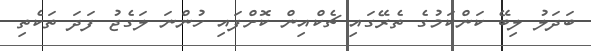
ބަދަލު ލިބޭ ކަންކަމުގެ ތެރޭގައި ޗެކްއިން ކޮށްފައި ހުންނަ ލަގެޖު ފަދަ ތަކެތި